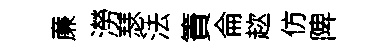
亷澇瑟法簀侖趑仿陴